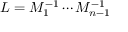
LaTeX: L = M _ { 1 } ^ { - 1 } \cdots M _ { n - 1 } ^ { - 1 }